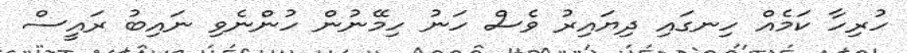
ހުރިހާ ކަމެއް ހިނގައި ދިޔައިރު ވެސް ހަނު ހިމޭނުން ހުންނެވި ނައިބު ރައީސް